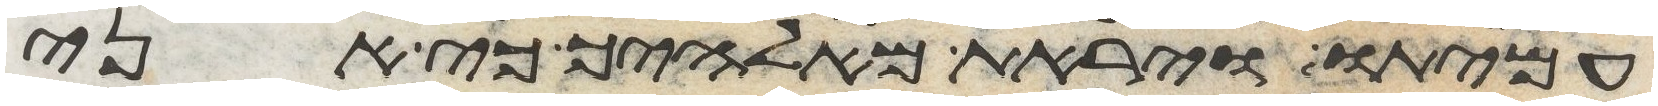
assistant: עמיתו ויראת מאלהיך כי אני